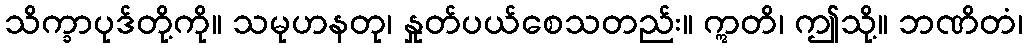
သိက္ခာပုဒ်တို့ကို။ သမုဟနတု၊ နှုတ်ပယ်စေသတည်း။ ဣတိ၊ ဤသို့။ ဘဏိတံ၊